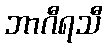
ဘာဂီရသီ